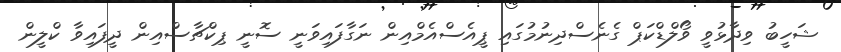
ޝަހީބު ވިދާޅުވީ ވޯލްޑްކަޕް ގެނެސްދިނުމުގައި ޕީއެސްއެމްއިން ނަގާފައިވަނީ ސޮނީ ޕިކްޗާސްއިން ދީފައިވާ ކްލީން